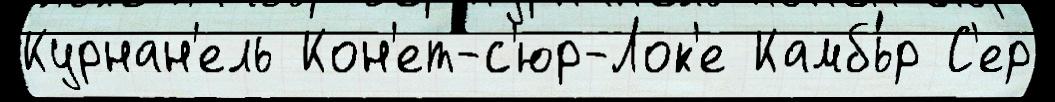
Курнан'ель Кон'ет-с'юр-Лок'е Камбь́р С'ер